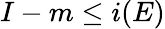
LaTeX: I-m\leq i(E)